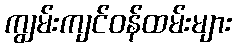
ကျွမ်းကျင်ဝန်ထမ်းများ